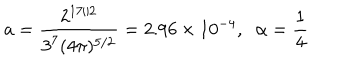
a = \frac { 2 ^ { 1 7 / 2 } } { 3 ^ { 7 } ( 4 \pi ) ^ { 5 / 2 } } = 2 . 9 6 \times 1 0 ^ { - 4 } , \; \; \alpha = \frac { 1 } { 4 }